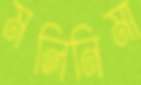
মলিনিমা